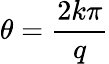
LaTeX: \theta=\frac{2k\pi}{q}